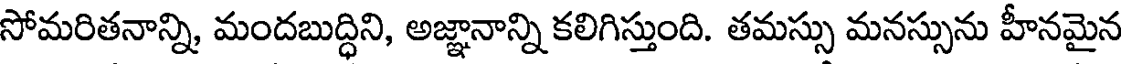
సోమరితనాన్ని, మందబుద్ధిని, అజ్ఞానాన్ని కలిగిస్తుంది. తమస్సు మనస్సును హీనమైన